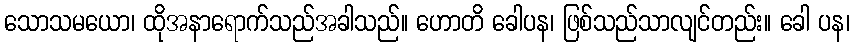
သောသမယော၊ ထိုအနာရောက်သည်အခါသည်။ ဟောတိ ခေါပန၊ ဖြစ်သည်သာလျင်တည်း။ ခေါ ပန၊